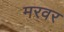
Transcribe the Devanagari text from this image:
मरवर